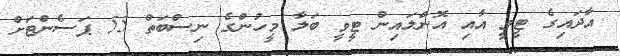
އާދައިގެ ޓީވީ އާއި އޮންލައިން ޓީވީ ބަލާ މީހުންގެ ނިސްބަތް 55 ޕަސެންޓަށް